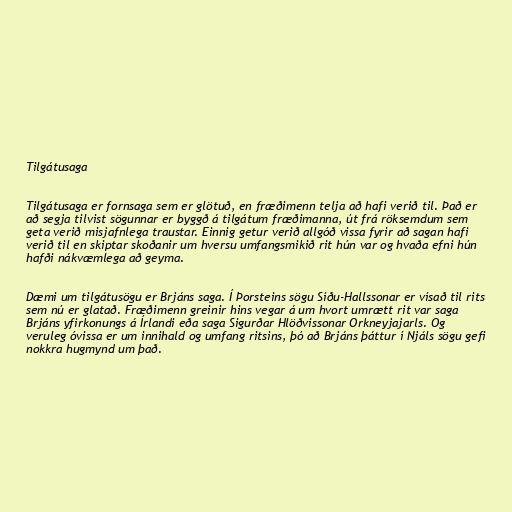
Tilgátusaga

Tilgátusaga er fornsaga sem er glötuð, en fræðimenn telja að hafi verið til. Það er
að segja tilvist sögunnar er byggð á tilgátum fræðimanna, út frá röksemdum sem
geta verið misjafnlega traustar. Einnig getur verið allgóð vissa fyrir að sagan hafi
verið til en skiptar skoðanir um hversu umfangsmikið rit hún var og hvaða efni hún
hafði nákvæmlega að geyma.

Dæmi um tilgátusögu er Brjáns saga. Í Þorsteins sögu Síðu-Hallssonar er vísað til rits
sem nú er glatað. Fræðimenn greinir hins vegar á um hvort umrætt rit var saga
Brjáns yfirkonungs á Írlandi eða saga Sigurðar Hlöðvissonar Orkneyjajarls. Og
veruleg óvissa er um innihald og umfang ritsins, þó að Brjáns þáttur í Njáls sögu gefi
nokkra hugmynd um það.